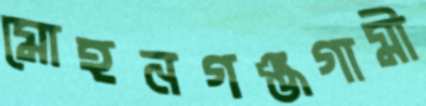
মোহনগঞ্জগামী